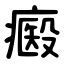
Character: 㿄